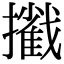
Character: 𢷿